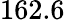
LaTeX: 162.6